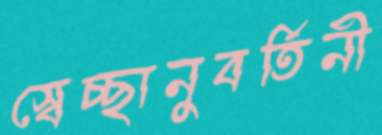
স্বেচ্ছানুবর্তিনী